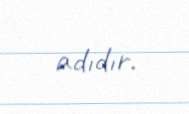
adıdır.